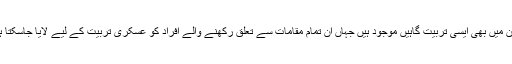
ایران میں بھی ایسی تربیت گاہیں موجود ہیں جہاں ان تمام مقامات سے تعلق رکھنے والے افراد کو عسکری تربیت کے لیے لایا جاسکتا ہے۔